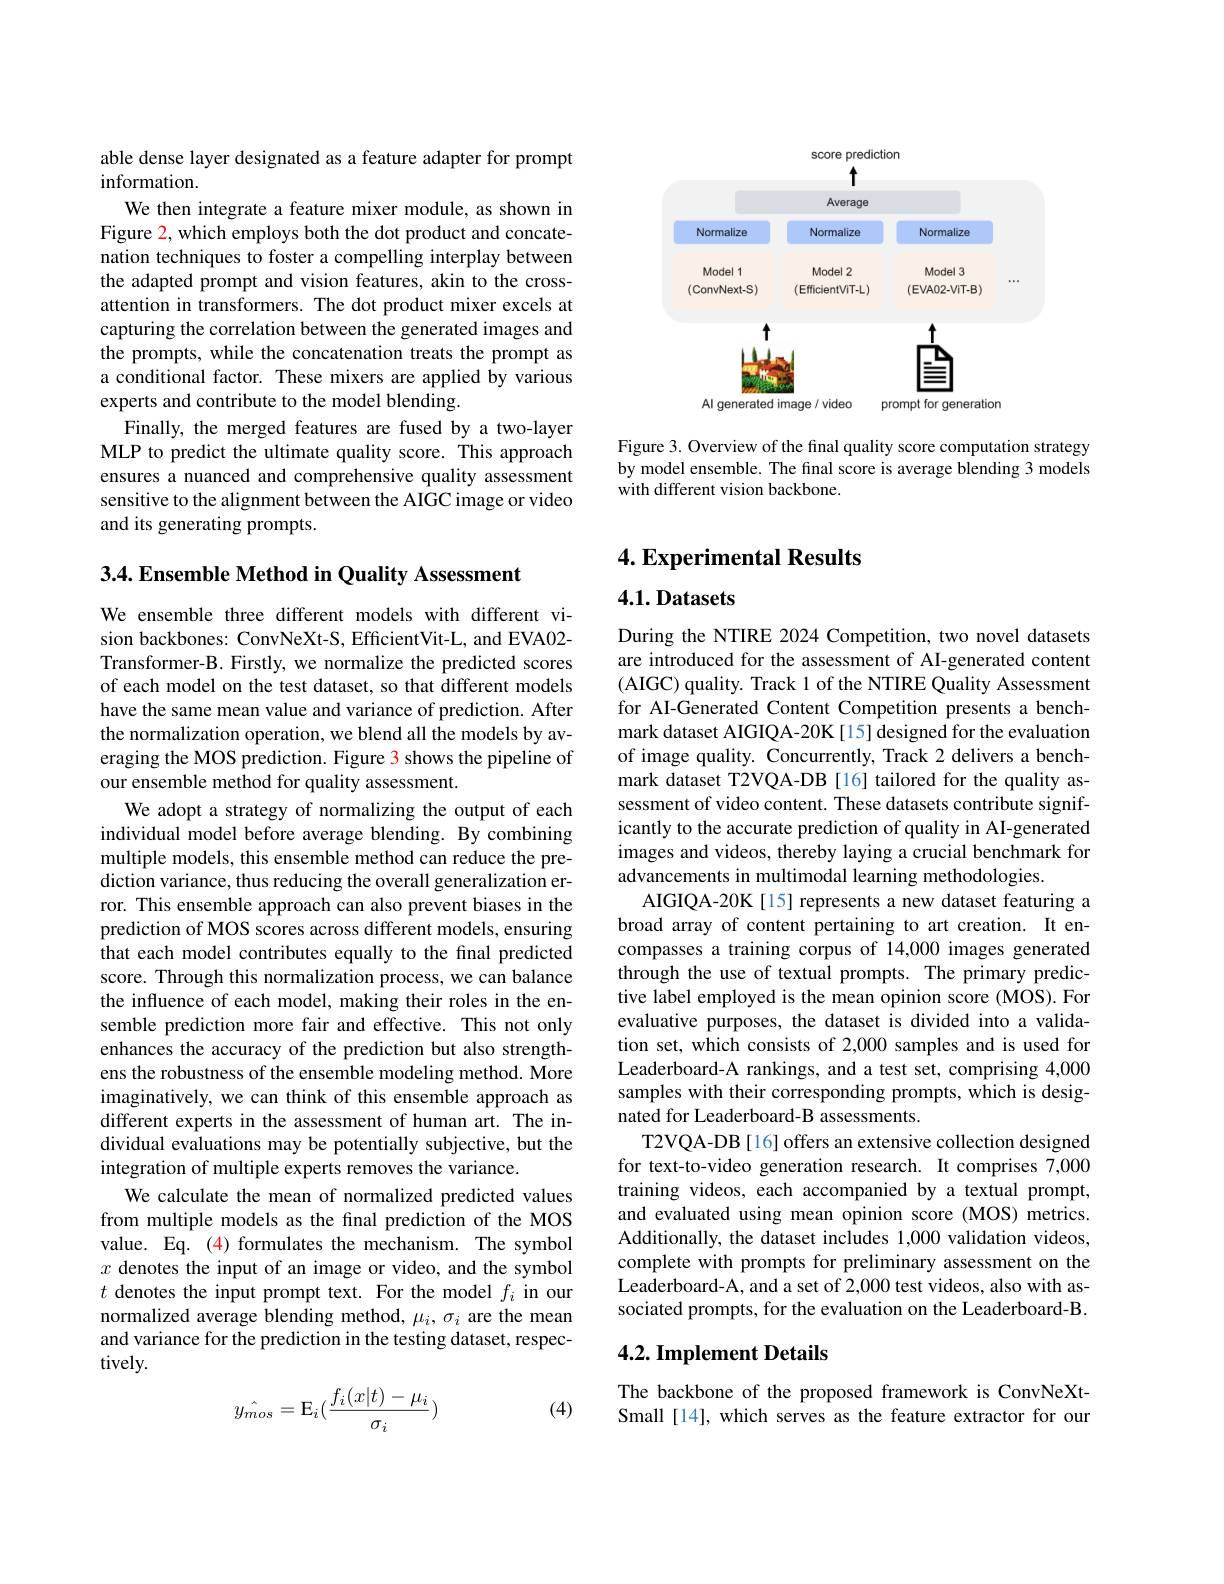
able dense layer designated as a feature adapter for prompt
information.
We then integrate a feature mixer module, as shown in Figure 2, which employs both the dot product and concatenation techniques to foster a compelling interplay between the adapted prompt and vision features, akin to the crossattention in transformers. The dot product mixer excels at capturing the correlation between the generated images and the prompts, while the concatenation treats the prompt as a conditional factor. These mixers are applied by various experts and contribute to the model blending.
Finally, the merged features are fused by a two-layer MLP to predict the ultimate quality score. This approach ensures a nuanced and comprehensive quality assessment sensitive to the alignment between the AIGC image or video and its generating prompts.

<FigureHere>

Figure 3. Overview of the fnal quality score computation strategy by model ensemble. The final score is average blending 3 models with different vision backbone.

3.4. Ensemble Method in Quality Assessment
We ensemble three different models with different vision backbones: ConvNeXt-S, EfficientVit-L, and EVA02- Transformer-B. Firstly, we normalize the predicted scores of each model on the test dataset, so that different models have the same mean value and variance of prediction. After the normalization operation, we blend all the models by averaging the MOS prediction. Figure 3 shows the pipeline of our ensemble method for quality assessment.
We adopt a strategy of normalizing the output of each individual model before average blending. By combining multiple models, this ensemble method can reduce the prediction variance, thus reducing the overall generalization error. This ensemble approach can also prevent biases in the prediction of MOS scores across different models, ensuring that each model contributes equally to the final predicted score. Through this normalization process, we can balance the influence of each model, making their roles in the ensemble prediction more fair and effective. This not only enhances the accuracy of the prediction but also strengthens the robustness of the ensemble modeling method. More imaginatively, we can think of this ensemble approach as different experts in the assessment of human art. The individual evaluations may be potentially subjective, but the integration of multiple experts removes the variance.
We calculate the mean of normalized predicted values from multiple models as the final prediction of the MOS value. Eq. (4) formulates the mechanism. The symbol $x$ denotes the input of an image or video, and the symbol $t$ denotes the input prompt text. For the model $f_i$ in our normalized average blending method, $\mu_i,\sigma_i$ are the mean and variance for the prediction in the testing dataset, respectively.
$$\hat{y_{mos}}=\mathrm{E}_i(\frac{f_i(x|t)-\mu_i}{\sigma_i})$$
(4)

# 4. Experimental Results

$4. 1. \textbf{Datasets}$

During the NTIRE 2024 Competition, two novel datasets are introduced for the assessment of AI-generated content (AIGC) quality. Track 1 of the NTIRE Quality Assessment for AI-Generated Content Competition presents a benchmark dataset AIGIQA-20K[15] designed for the evaluation of image quality. Concurrently, Track 2 delivers a benchmark dataset T2VQA-DB [16] tailored for the quality assessment of video content. These datasets contribute significantly to the accurate prediction of quality in AI-generated images and videos, thereby laying a crucial benchmark for advancements in multimodal learning methodologies.
AIGIQA-20K[15] represents a new dataset featuring a broad array of content pertaining to art creation. It encompasses a training corpus of 14,000 images generated through the use of textual prompts. The primary predictive label employed is the mean opinion score (MOS).For evaluative purposes, the dataset is divided into a validation set, which consists of 2,000 samples and is used for Leaderboard-A rankings, and a test set, comprising 4,000 samples with their corresponding prompts, which is designated for Leaderboard-B assessments.
T2VQA-DB[16] offers an extensive collection designed for text-to-video generation research. It comprises 7,000 training videos, each accompanied by a textual prompt, and evaluated using mean opinion score (MOS) metrics. Additionally, the dataset includes 1,000 validation videos, complete with prompts for preliminary assessment on the Leaderboard-A, and a set of 2,000 test videos, also with associated prompts, for the evaluation on the Leaderboard-B.

## $4. 2. \textbf{Implement Details}$

The backbone of the proposed framework is ConvNeXtSmall [14], which serves as the feature extractor for our